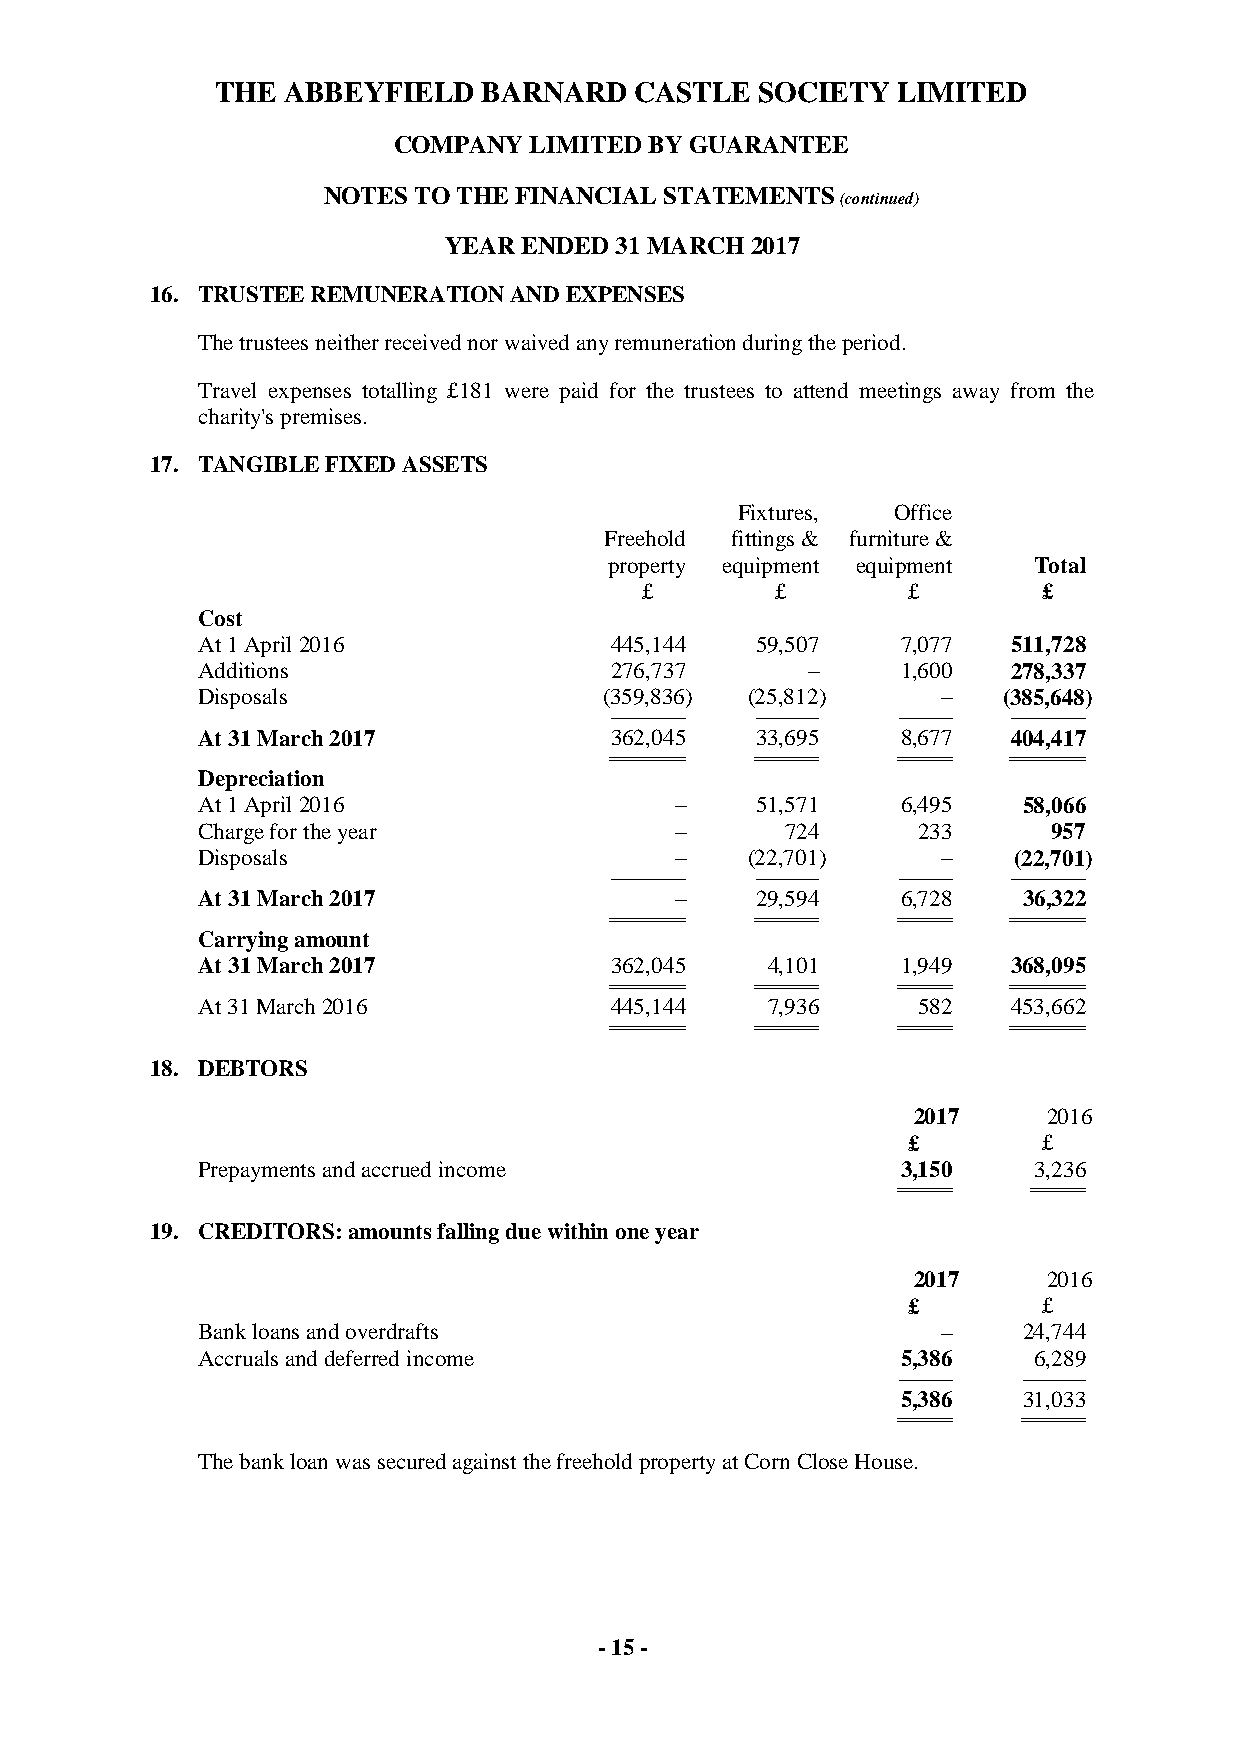
THE  ABBEYFIELD   BARNARD   CASTLE  SOCIETY  LIMITED
 COMPANY  LIMITED BY GUARANTEE
 NOTES TO THE FINANCIAL STATEMENTS
 (continued)
 YEAR  ENDED 31 MARCH 2017
 16. TRUSTEE REMUNERATION AND EXPENSES
 The trustees neither received nor waived any remuneration during the period.
 Travel expenses totalling £181 were paid for the trustees to attend meetings away from the
 charity's premises.
 17. TANGIBLE FIXED ASSETS
 Fixtures, Office
 Freehold fittings & furniture &
 property equipment equipment Total
 £        £        £        £
 Cost
 At 1 April 2016            445,144   59,507    7,077  511,728
 Additions                  276,737      –      1,600  278,337
 Disposals                  (359,836) (25,812)    –   (385,648)
 ------------------------------------- ------------------------------- -------------------------- -------------------------------------
 At 31 March 2017           362,045   33,695    8,677  404,417
 ===================================== =============================== ========================== =====================================
 Depreciation
 At 1 April 2016                 –    51,571    6,495   58,066
 Charge for the year             –      724      233      957
 Disposals                       –   (22,701)     –    (22,701)
 ------------------------------------- ------------------------------- -------------------------- -------------------------------------
 At 31 March 2017                –    29,594    6,728   36,322
 ===================================== =============================== ========================== =====================================
 Carrying amount
 At 31 March 2017           362,045    4,101    1,949  368,095
 ===================================== =============================== ========================== =====================================
 At 31 March 2016           445,144    7,936     582   453,662
 ===================================== =============================== ========================== =====================================
 18. DEBTORS
 2017     2016
 £        £
 Prepayments and accrued income                 3,150   3,236
 ========================== ==========================
 19. CREDITORS: amounts falling due within one year
 2017     2016
 £        £
 Bank loans and overdrafts                        –     24,744
 Accruals and deferred income                   5,386   6,289
 -------------------------- -------------------------------
 5,386   31,033
 ========================== ===============================
 The bank loan was secured against the freehold property at Corn Close House.
 - 15 -